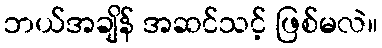
ဘယ်အချိန် အဆင်သင့် ဖြစ်မလဲ။